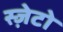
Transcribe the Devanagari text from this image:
स्ज़ेटो